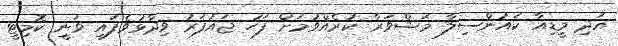
އަދި މީޑިއާ ކައުންސިލާ މަޝްވަރާ ކުރެއްވުމަށް ފަހު ޖައުފަރު ވިދާޅުވެފައި ވަނީ ކޮމިޓީ